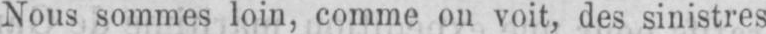
Nous sommes loin, comme on voit, des sinistres